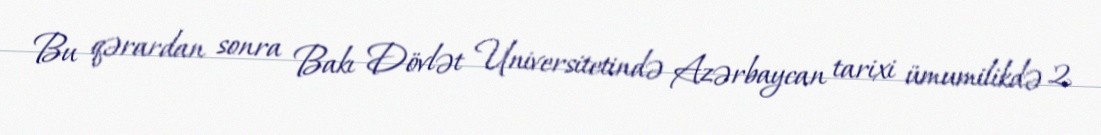
Bu qərardan sonra Bakı Dövlət Universitetində Azərbaycan tarixi ümumilikdə 2